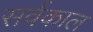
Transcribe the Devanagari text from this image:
सर्वकाल